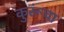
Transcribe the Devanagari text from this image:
कुरूंचा